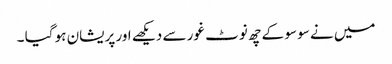
میں نے سو سو کے چھ نوٹ غور سے دیکھے اور پریشان ہو گیا ۔